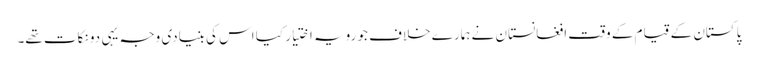
پاکستان کے قیام کے وقت افغانستان نے ہمارے خلاف جو رویہ اختیار کیا اس کی بنیادی وجہ یہی دو نکات تھے۔